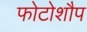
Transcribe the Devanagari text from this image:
फोटोशौप